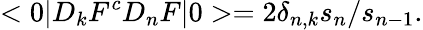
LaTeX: <0|D_{k}F^{c}D_{n}F|0>=2\delta_{n,k}s_{n}/s_{n-1}.